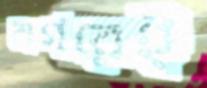
নগরেই